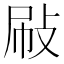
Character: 𢼞